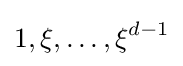
1,\xi ,\dots ,\xi ^{d-1}